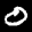
Label: 0